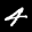
Label: 4